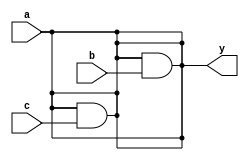
`timescale 1ns / 1ps
//////////////////////////////////////////////////////////////////////////////////
// Company: 
// Engineer: 
// 
// Design Name: 
// Module Name:    modulo3 
// Project Name: 
// Target Devices: 
// Tool versions: 
// Description: 
//
// Dependencies: 
//
// Revision: 
// Revision 0.01 - File Created
// Additional Comments: 
//
//////////////////////////////////////////////////////////////////////////////////
module modulo3(
	input wire a, b, c,
	output wire y
    );

assign y = a;
assign y = y & b;
assign y = y & c;

endmodule